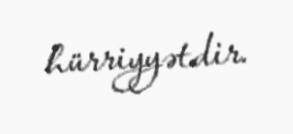
hürriyyətdir.